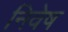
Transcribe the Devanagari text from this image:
निवेष